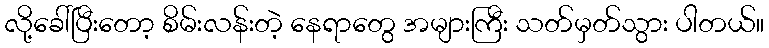
လို့ခေါ်ပြီးတော့ စိမ်းလန်းတဲ့ နေရာတွေ အများကြီး သတ်မှတ်သွား ပါတယ်။